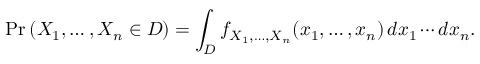
\operatorname* { P r } \left( X _ { 1 } , \ldots , X _ { n } \in D \right) = \int _ { D } f _ { X _ { 1 } , \ldots , X _ { n } } ( x _ { 1 } , \ldots , x _ { n } ) \, d x _ { 1 } \cdots d x _ { n } .